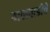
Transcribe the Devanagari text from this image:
बालवाडीचे